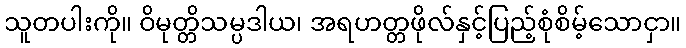
သူတပါးကို။ ဝိမုတ္တိသမ္ပဒါယ၊ အရဟတ္တဖိုလ်နှင့်ပြည့်စုံစိမ့်သောငှာ။